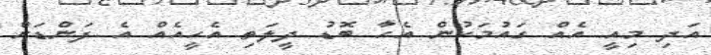
އަދި މިއީ އެއް ގައުމަކުން އެހާ ބޮޑު ދީލަތި އެހީއެއް އެ ފަންޑަށް